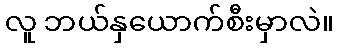
လူ ဘယ်နှယောက်စီးမှာလဲ။